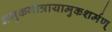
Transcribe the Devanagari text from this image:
अमुकगोत्रायामुकशर्मण्